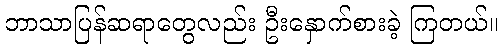
ဘာသာပြန်ဆရာတွေလည်း ဦးနှောက်စားခဲ့ ကြတယ်။